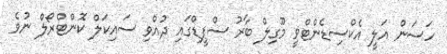
ހަސަން އަލީ އެކްސިޑެންޓްވީ މޫގިލް ބާރު ސްޕީޑްގައި ދުއްވި ސައިކަލް ކޮންޓްރޯލް ނުވެ